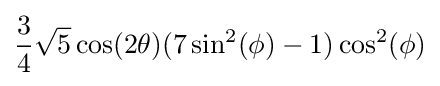
{\frac {3}{4}}{\sqrt {5}}\cos(2\theta )(7\sin ^{2}(\phi )-1)\cos ^{2}(\phi )